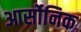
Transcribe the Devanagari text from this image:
आर्सोनिक